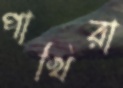
পাখিরা